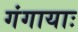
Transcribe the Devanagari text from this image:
गंगायाः